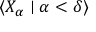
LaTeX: \displaystyle \langle X _ { \alpha } \mid \alpha < \delta \rangle